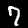
Label: 7